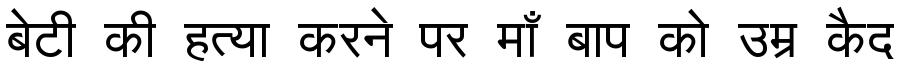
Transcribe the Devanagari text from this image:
बेटी की हत्या करने पर माँ बाप को उम्र कैद